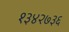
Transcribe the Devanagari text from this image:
१३४२७३६